Report of the King Institute of Preventive Medicine, Guindy
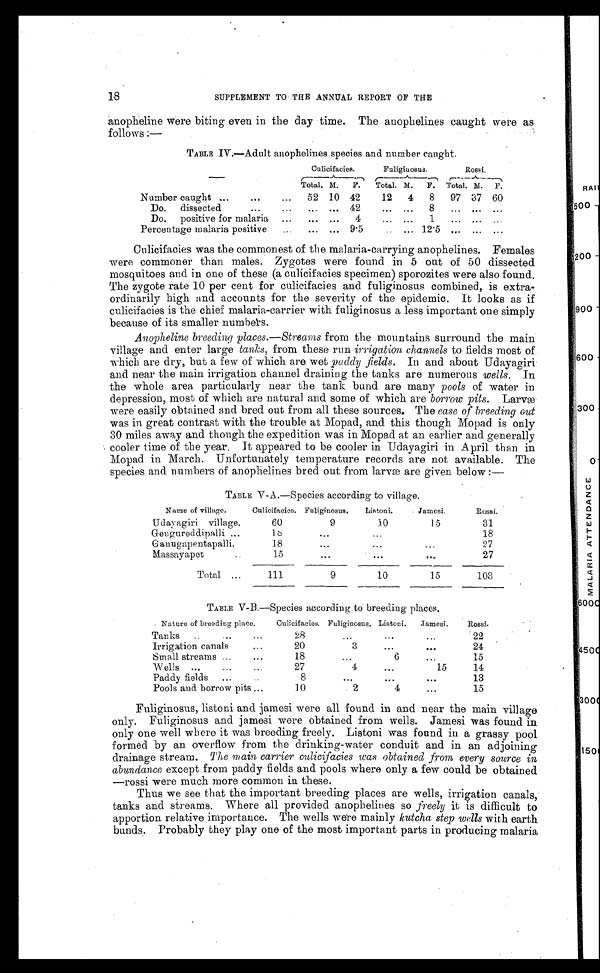
18
SUPPLEMENT TO . THE ANNUAL REPORT OF THE
anopheline were biting even in the day time. The anophelines caught were as.
follows :—
TABLE I V.—Adult anophelines species and number caught.
Culicifacies.
Fuligiuosus.
R o s s i .
Total. M.
F.
Total. M.
F.
Total. M.
F.
Number caught ...
...
...
52 10 42
12
4
8
97 37 60
Do.
dissected
...
...
...
... 42
...
...
8
...
...
...
Do.
positive for malaria
...
...
...
...
...
1.
...
...
Percentage malaria positive
... ... 9.5
... 12.5 ...
...
. . .
Culicifacies was the commonest of the malaria-carrying anophelines. Females
were commoner than males. Zygotes were found in 5 out of 50 dissected
mosquitoes and in one of these (a culicifacies specimen) sporozites were also found.
The zygote rate 10 per cent for culicifacies and fuliginosus combined, is extra
-ordinarily high and accounts for the severity of the epidemic. It looks as if
culicifacies is the chief malaria-carrier with fuliginosus a less important one simply
because of its smaller numbers.
Anopheline breeding places.—Streams from the mountains surround the main
village and enter large tanks, from these run irrigation channels to fields most of
which are dry, but a few of which are wet pudcly fields. In and about Udayagiri
and near the main irrigation channel draining the tanks are numerous wells. In
the whole area particularly near the tank bund are many pools of water in
depression, most of which are natural and some of which are borrow pits. Larvæ
were easily obtained and bred out from all these sources. The ease of breeding out
was in great contrast with the trouble at Mopad, and this though Mopad is only
30 miles away and though the expedition was in Mopad at an earlier and generally
cooler time of the year. It appeared to be cooler in Udayagiri in April than in
Mopad in March. Unfortunately temperature records are not available. The
species and numbers of anophelines bred out from larvæ are given below :—
TABLE V-A.—Species according to village.
Name of village.
Culicifacies. Fuliginosus.
Listoni.
Jamesi.
Rossi.
Udayagiri village.
60
9
10
15
31
Gengureddipalli ...
1 8 ...
...
18
G anugapentapalli.
18
. . .
• • .
. . .
27
Massayapet..
15
...
...
.....
27
Total ...
111
9
10
15
103
TABLE V-B.—Species according to breeding places.
Nature of breeding place.
Culicifacies, Fuliginosus. Listoni.
Jamesi.
Rossi.
Tanks
..
...
...
28
...
. . .
...
22
Irrigation canals
...
20
3
. . .
•••
24
Small streams ...
. . .
18
. . .
6
...
15
Wells ...
...
...
27
4
• • .
15
14
Paddy fields
...
8
..,
. . .
•••
13
Pools and borrow pits ...
10
2
4
...
15
Fuliginosus, listoni and jamesi were all found in and near the main village
only. Fuliginosus and jamesi were obtained from wells. Jamesi was found in
only one well where it was breeding freely. Listoni was found in a grassy pool
formed by an overflow from the drinking-water conduit and in an adjoining
drainage stream. The main carrier culicifacies was obtained from every source in
abundance except from paddy fields and pools where only a few could be obtained
—rossi were much more common in these.
Thus we see that the important breeding places are wells, irrigation canals,
tanks and streams. Where all provided anophelines so freely it is difficult to
apportion relative importance. The wells were mainly kutcha step wells with earth
bunds. Probably they play one of the most important parts in producing malaria